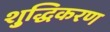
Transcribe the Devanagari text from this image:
शु्द्धिकरण